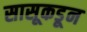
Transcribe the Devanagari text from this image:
सासूकडून